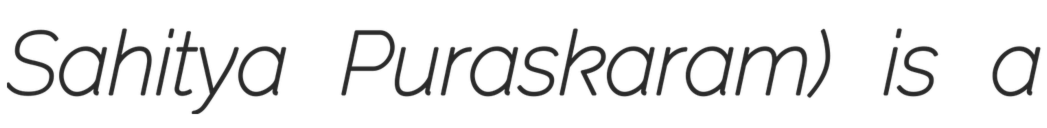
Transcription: Sahitya Puraskaram) is a